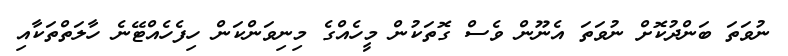
ނުވަތަ ބަންދުކޮށް ނުވަތަ އެނޫން ވެސް ގޮތަކުން މީހެއްގެ މިނިވަންކަން ހިފެހެއްޓޭނެ ހާލަތްތަކާއި